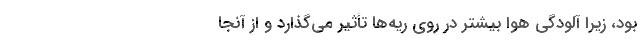
بود، زیرا آلودگی هوا بیشتر در روی ریه‌ها تأثیر می‌گذارد و از آنجا